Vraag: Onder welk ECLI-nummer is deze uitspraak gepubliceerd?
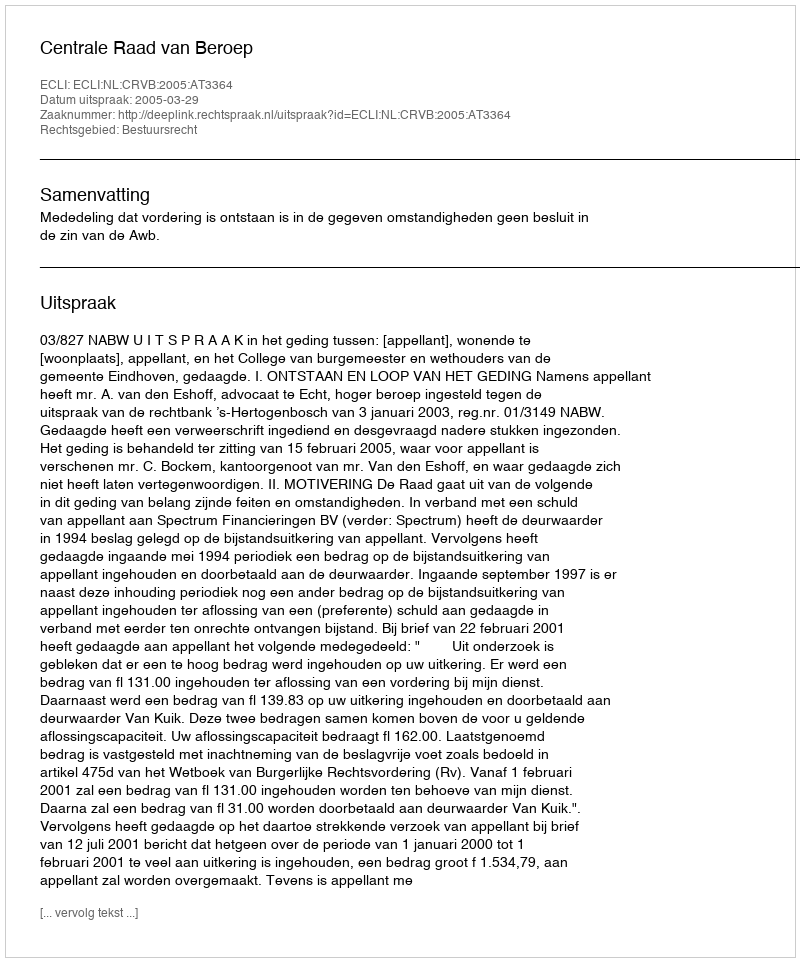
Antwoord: ECLI:NL:CRVB:2005:AT3364